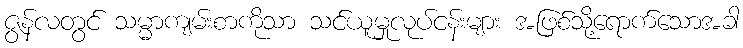
ဇွန်လတွင် သမ္မာကျမ်းစာကိုသာ သင်ယူမှုလုပ်ငန်းများ အဖြစ်သို့ရောက်သောအခါ